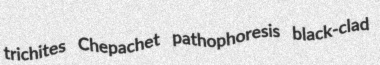
trichites Chepachet pathophoresis black-clad